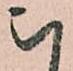
被